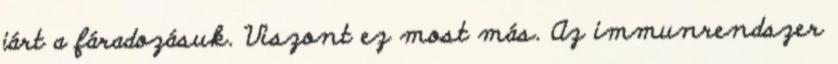
járt a fáradozásuk. Viszont ez most más. Az immunrendszer